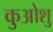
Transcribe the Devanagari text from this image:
कुओशु